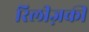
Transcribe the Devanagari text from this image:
रिलीज़की